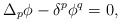
\begin{align*} \Delta_p \phi - \delta^p \phi^q = 0,\end{align*}